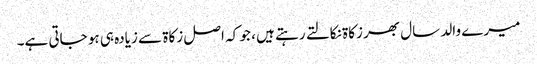
میرے والد سال بھر زکاۃ نکالتے رہتے ہیں ، جو کہ اصل زکاۃ سے زیادہ ہی ہو جاتی ہے۔